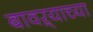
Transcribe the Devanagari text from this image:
बावऱ्याच्या